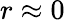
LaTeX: r\approx 0